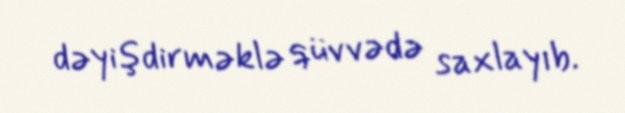
dəyişdirməklə qüvvədə saxlayıb.